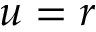
u = r